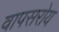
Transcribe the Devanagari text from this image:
वापसरोय